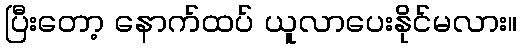
ပြီးတော့ နောက်ထပ် ယူလာပေးနိုင်မလား။